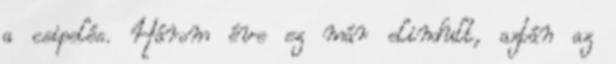
a csipelés. Három éve ez már elindult, aztán az